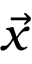
\vec { x }